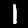
Label: 1